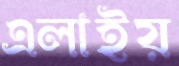
এলাইয়